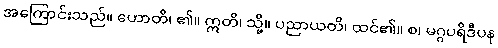
အကြောင်းသည်။ ဟောတိ၊ ၏။ ဣတိ၊ သို့။ ပညာယတိ၊ ထင်၏။ စ၊ မဂ္ဂပရိဒီပန